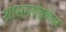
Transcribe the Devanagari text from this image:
शासनयंत्रणेवर